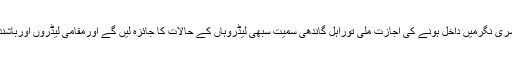
ایک ذرائع نے بتایا کہ اگرسری نگرمیں داخل ہونے کی اجازت ملی توراہل گاندھی سمیت سبھی لیڈروہاں کے حالات کا جائزہ لیں گے اورمقامی لیڈروں اورباشندوں سے ملاقات کریں گے۔